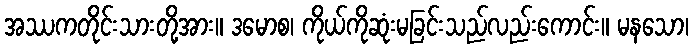
အဿကတိုင်းသားတို့အား။ ဒမောစ၊ ကိုယ်ကိုဆုံးမခြင်းသည်လည်းကောင်း။ မနသော၊